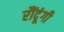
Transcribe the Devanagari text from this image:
रौंदूंगी